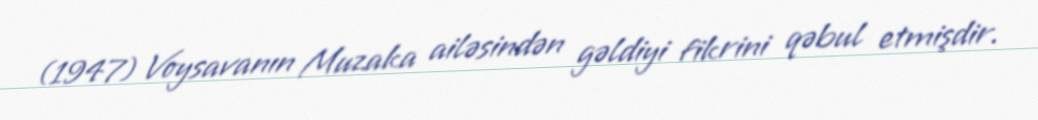
(1947) Voysavanın Muzaka ailəsindən gəldiyi fikrini qəbul etmişdir.